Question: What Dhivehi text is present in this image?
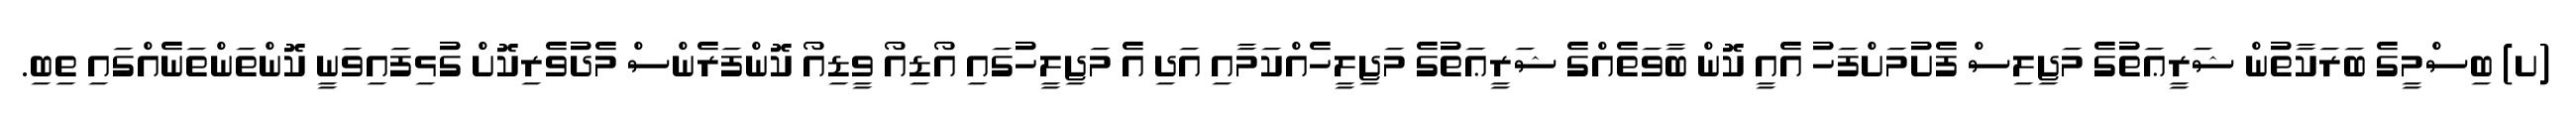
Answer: (ށ) ބިސްމީގެ ބަރަކާތުން ޝަރީޢަތުގެ މަޖިލިސް ފެށުމަށްފަހު އެއީ ކޮން ބާވަތެއްގެ ޝަރީޢަތުގެ މަޖިލީހެއްކަމާއި އަދި އެ މަޖިލީހުގައި އޯޑިއޯ ވީޑިއޯ ކޮންފަރެންސް މެދުވެރިކޮށް ގުޅިފައިވަނީ ކޮންތަންތަނެއްގައި ތިބި.